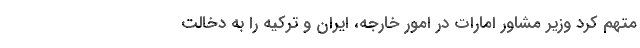
متهم کرد وزیر مشاور امارات در امور خارجه، ایران و ترکیه را به دخالت